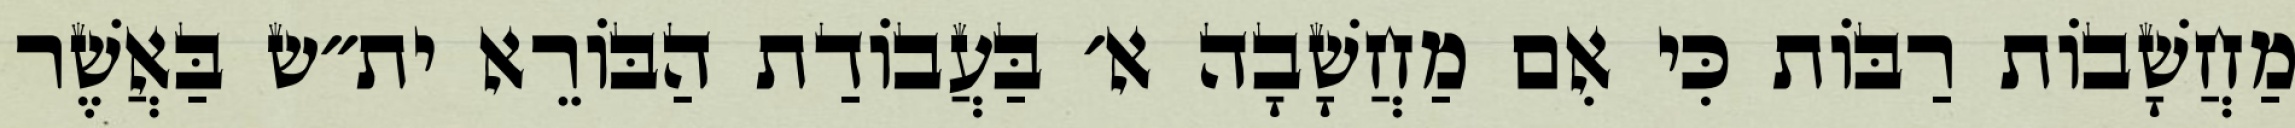
מַחֲשָׁבוֹת רַבּוֹת כִּי אִם מַחֲשָׁבָה א׳ בַּעֲבוֹדַת הַבּוֹרֵא ית״ש בַּאֲשֶׁר